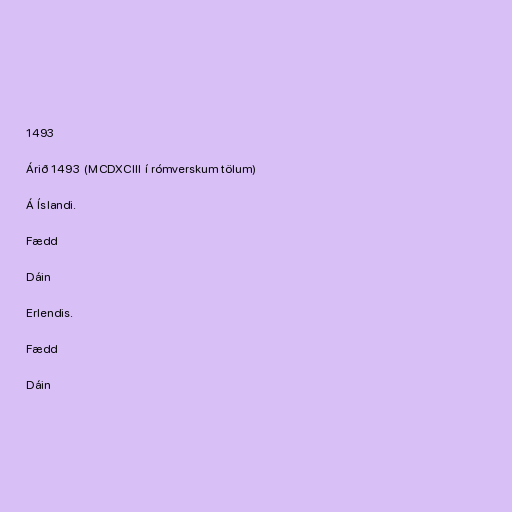
1493

Árið 1493 (MCDXCIII í rómverskum tölum)

Á Íslandi.

Fædd

Dáin

Erlendis.

Fædd

Dáin